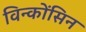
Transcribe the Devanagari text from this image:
विन्कोंसिन